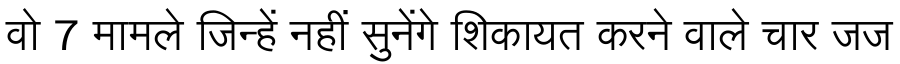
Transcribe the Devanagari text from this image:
वो 7 मामले जिन्हें नहीं सुनेंगे शिकायत करने वाले चार जज